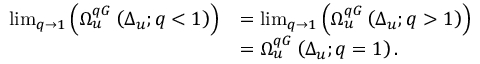
\begin{array} { r l } { \operatorname* { l i m } _ { q \to 1 } \left( \Omega _ { u } ^ { q G } \left( \Delta _ { u } ; q < 1 \right) \right) } & { = \operatorname* { l i m } _ { q \to 1 } \left( \Omega _ { u } ^ { q G } \left( \Delta _ { u } ; q > 1 \right) \right) } \\ & { = \Omega _ { u } ^ { q G } \left( \Delta _ { u } ; q = 1 \right) . } \end{array}